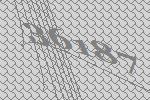
36187